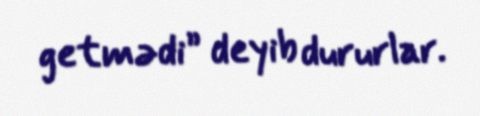
getmədi” deyib dururlar.